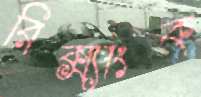
রিক্স্যাংক